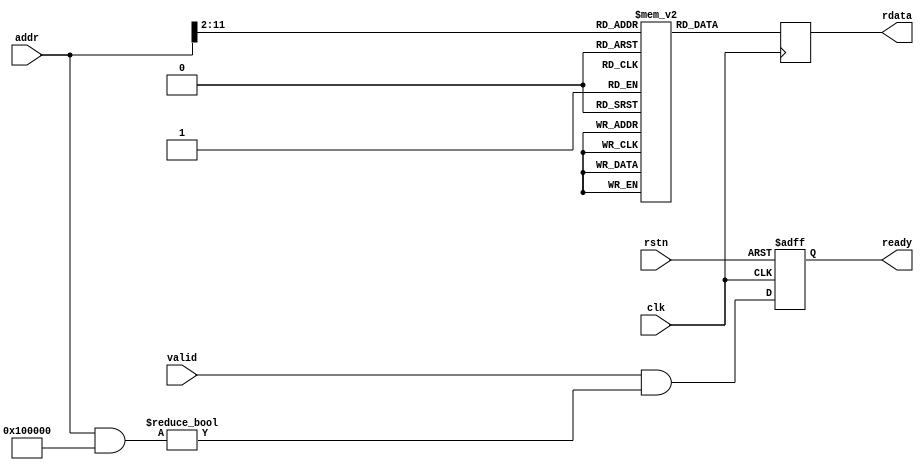
// This program was cloned from: https://github.com/KASIRGA-KIZIL/tekno-kizil
// License: GNU General Public License v3.0

module progmem (
    // Closk & reset
    input wire clk,
    input wire rstn,

    // PicoRV32 bus interface
    input  wire        valid,
    output wire        ready,
    input  wire [31:0] addr,
    output wire [31:0] rdata
);

  // ============================================================================

  localparam MEM_SIZE_BITS = 10;  // In 32-bit words
  localparam MEM_SIZE = 1 << MEM_SIZE_BITS;
  localparam MEM_ADDR_MASK = 32'h0010_0000;

  // ============================================================================

  wire [MEM_SIZE_BITS-1:0] mem_addr;
  reg  [             31:0] mem_data;
  reg  [             31:0] mem      [0:MEM_SIZE];

  initial begin

  mem['h0000] <= 32'h200107b7;
  mem['h0001] <= 32'h09800713;
  mem['h0002] <= 32'h00e7a623;
  mem['h0003] <= 32'h000f0737;
  mem['h0004] <= 32'h00170713;
  mem['h0005] <= 32'h00e7a023;
  mem['h0006] <= 32'h00002737;
  mem['h0007] <= 32'h00e7a823;
  mem['h0008] <= 32'h20010737;
  mem['h0009] <= 32'h00472783;
  mem['h000A] <= 32'h0027f793;
  mem['h000B] <= 32'hfe078ce3;
  mem['h000C] <= 32'h09800793;
  mem['h000D] <= 32'h00f72623;
  mem['h000E] <= 32'h000f07b7;
  mem['h000F] <= 32'h00578793;
  mem['h0010] <= 32'h00f72023;
  mem['h0011] <= 32'h000027b7;
  mem['h0012] <= 32'h00f72823;
  mem['h0013] <= 32'h20010737;
  mem['h0014] <= 32'h00472783;
  mem['h0015] <= 32'h0027f793;
  mem['h0016] <= 32'hfe078ce3;
  mem['h0017] <= 32'h09800793;
  mem['h0018] <= 32'h00f72623;
  mem['h0019] <= 32'h000f07b7;
  mem['h001A] <= 32'h00978793;
  mem['h001B] <= 32'h00f72023;
  mem['h001C] <= 32'h000027b7;
  mem['h001D] <= 32'h00f72823;
  mem['h001E] <= 32'h20010737;
  mem['h001F] <= 32'h00472783;
  mem['h0020] <= 32'h0027f793;
  mem['h0021] <= 32'hfe078ce3;
  mem['h0022] <= 32'h09800793;
  mem['h0023] <= 32'h00f72623;
  mem['h0024] <= 32'h000f07b7;
  mem['h0025] <= 32'h00d78793;
  mem['h0026] <= 32'h00f72023;
  mem['h0027] <= 32'h000027b7;
  mem['h0028] <= 32'h00f72823;
  mem['h0029] <= 32'h0000006f;

  end

  always @(posedge clk) mem_data <= mem[mem_addr];

  // ============================================================================

  reg o_ready;

  always @(posedge clk or negedge rstn)
    if (!rstn) o_ready <= 1'd0;
    else o_ready <= valid && ((addr & MEM_ADDR_MASK) != 0);

  // Output connectins
  assign ready    = o_ready;
  assign rdata    = mem_data;
  assign mem_addr = addr[MEM_SIZE_BITS+1:2];

endmodule